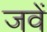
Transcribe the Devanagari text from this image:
जवें